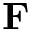
\mathbf { F }